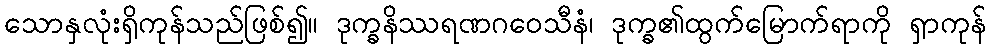
သောနှလုံးရှိကုန်သည်ဖြစ်၍။ ဒုက္ခနိဿရဏဂဝေသီနံ၊ ဒုက္ခ၏ထွက်မြောက်ရာကို ရှာကုန်